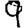
Digit: 9